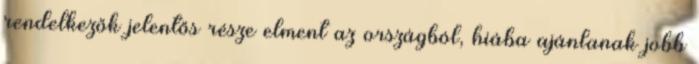
rendelkezők jelentős része elment az országból, hiába ajánlanak jobb